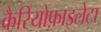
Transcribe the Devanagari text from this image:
कैरियोफ़ाइलेटा